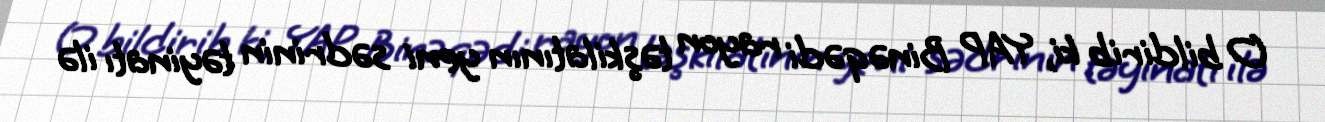
O bildirib ki, YAP Binəqədi rayon təşkilatının yeni sədrinin təyinatı ilə